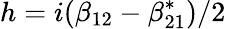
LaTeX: h=i(\beta_{12}-\beta_{21}^{*})/2